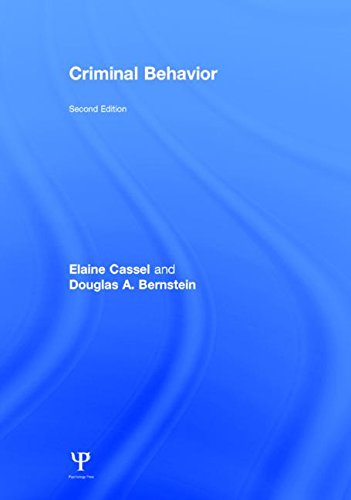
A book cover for Criminal Behavior; Elaine Cassel; Law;